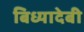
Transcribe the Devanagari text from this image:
बिध्यादेबी